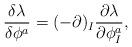
LaTeX: \begin{gather*}\frac{\delta \lambda}{\delta \phi^a}=(-\partial)_I\frac{\partial \lambda }{\partial \phi^a_I} ,\end{gather*}